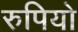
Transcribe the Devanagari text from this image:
रुपियो